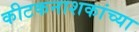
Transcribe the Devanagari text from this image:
कीटकनाशकांच्या